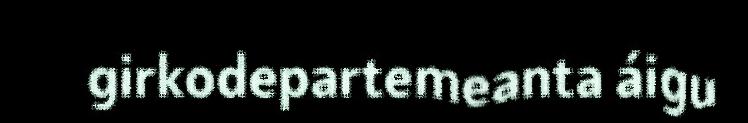
girkodepartemeanta áigu